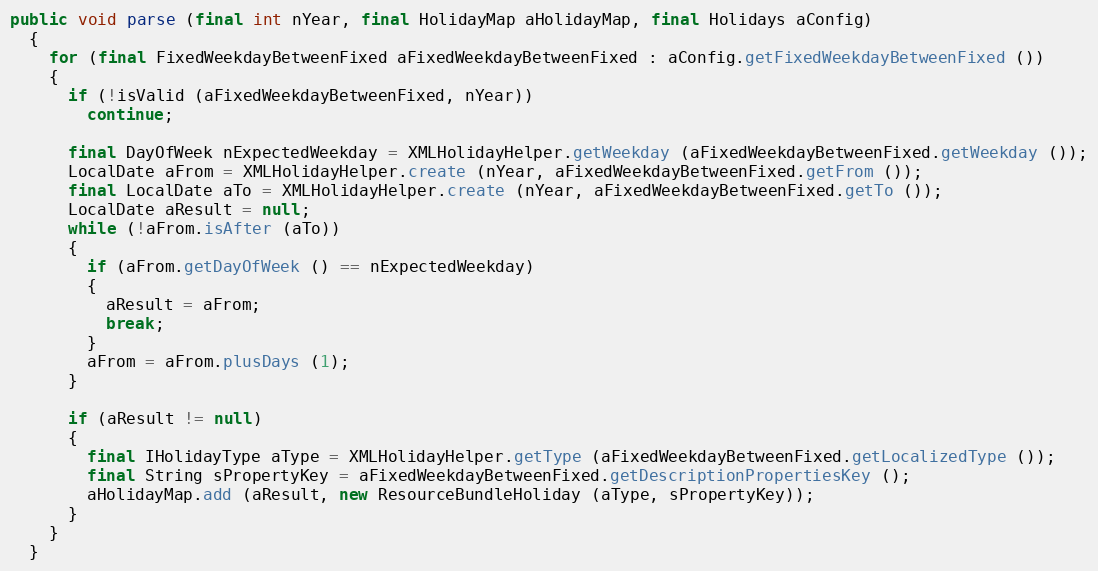
Language: Java
public void parse (final int nYear, final HolidayMap aHolidayMap, final Holidays aConfig)
  {
    for (final FixedWeekdayBetweenFixed aFixedWeekdayBetweenFixed : aConfig.getFixedWeekdayBetweenFixed ())
    {
      if (!isValid (aFixedWeekdayBetweenFixed, nYear))
        continue;

      final DayOfWeek nExpectedWeekday = XMLHolidayHelper.getWeekday (aFixedWeekdayBetweenFixed.getWeekday ());
      LocalDate aFrom = XMLHolidayHelper.create (nYear, aFixedWeekdayBetweenFixed.getFrom ());
      final LocalDate aTo = XMLHolidayHelper.create (nYear, aFixedWeekdayBetweenFixed.getTo ());
      LocalDate aResult = null;
      while (!aFrom.isAfter (aTo))
      {
        if (aFrom.getDayOfWeek () == nExpectedWeekday)
        {
          aResult = aFrom;
          break;
        }
        aFrom = aFrom.plusDays (1);
      }

      if (aResult != null)
      {
        final IHolidayType aType = XMLHolidayHelper.getType (aFixedWeekdayBetweenFixed.getLocalizedType ());
        final String sPropertyKey = aFixedWeekdayBetweenFixed.getDescriptionPropertiesKey ();
        aHolidayMap.add (aResult, new ResourceBundleHoliday (aType, sPropertyKey));
      }
    }
  }